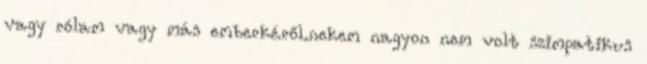
vagy rólam vagy más emberkéről.nekem nagyon nem volt szimpatikus